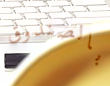
بالصندوق